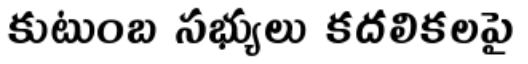
కుటుంబ సభ్యులు కదలికలపై